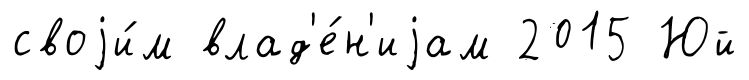
своjи́м влад'е́н'иjам 2015 Юй